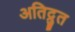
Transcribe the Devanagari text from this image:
अतिद्रुत